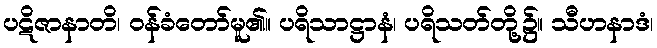
ပဋိဇာနာတိ၊ ဝန်ခံတော်မူ၏။ ပရိသာဋ္ဌာနံ၊ ပရိသတ်တို့၌။ သီဟနာဒံ၊